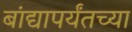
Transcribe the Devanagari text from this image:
बांद्यापर्यंतच्या